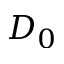
D _ { 0 }